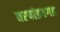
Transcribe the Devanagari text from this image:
वरपांडवगड